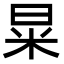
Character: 㫧